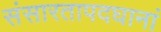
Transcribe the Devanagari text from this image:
संसारतापदघानां